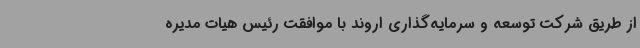
از طریق شرکت توسعه و سرمایه‌گذاری اروند با موافقت رئیس هیات مدیره